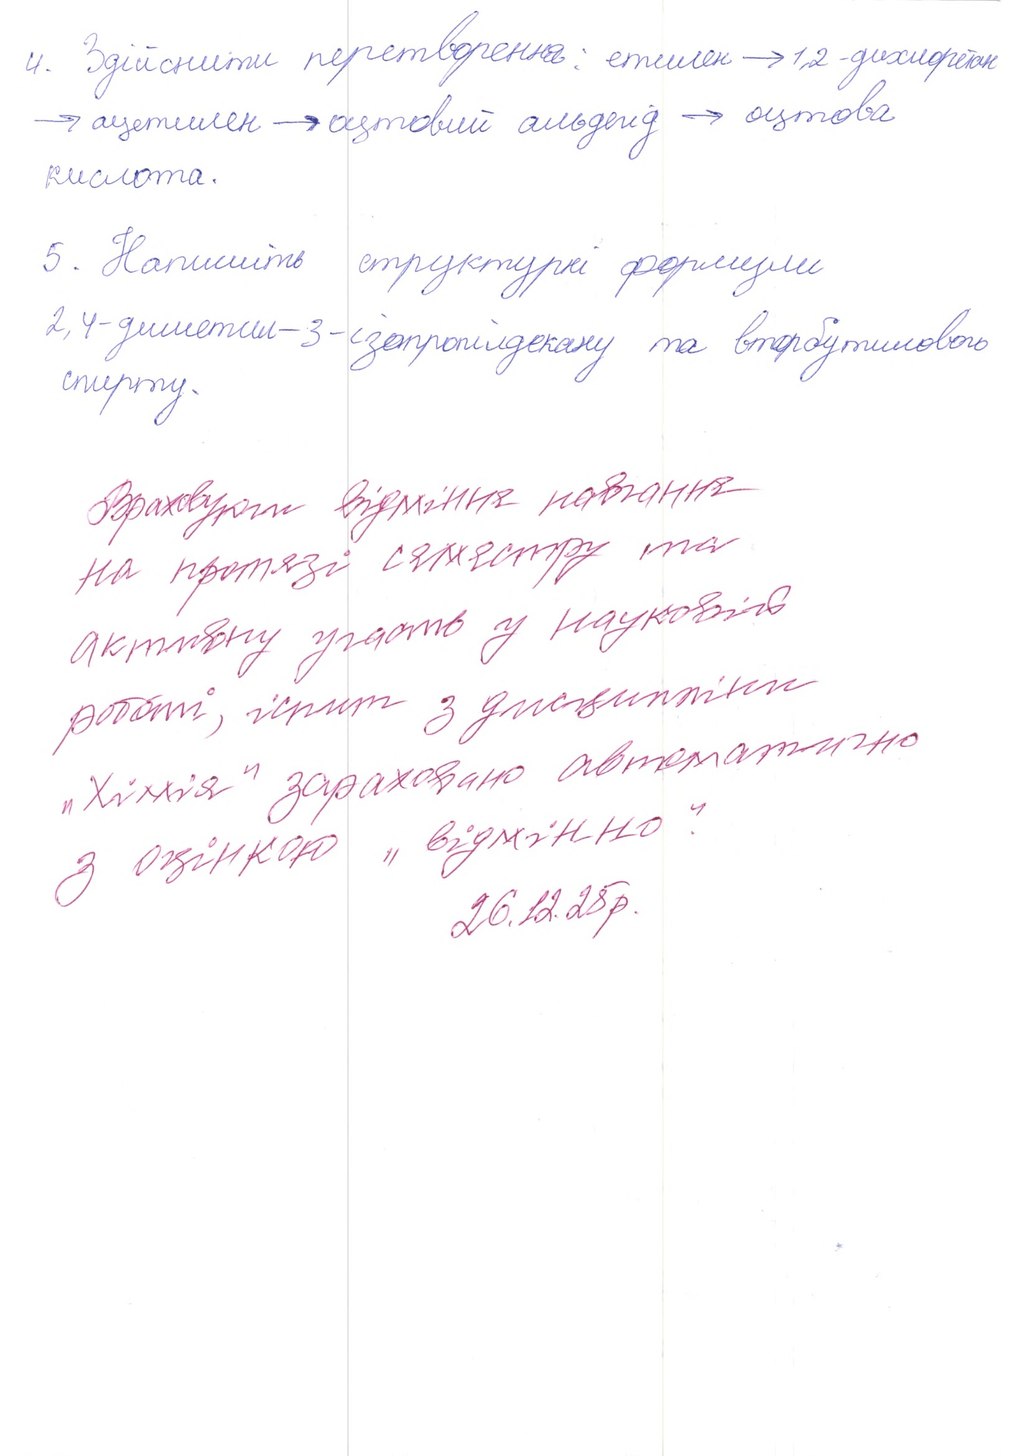
4. Здійснити перетворення: етилен → 1,2-дихлоретан
→ ацетилен → оцтовий альдегід → оцтова
кислота.
5. Напишіть структурні формули
2, 4-диметил-3-ізопропілдекану та вторбутилового
спирту.
Враховуючи відмінне навчання
на протязі семестру та
активну участь у науковій
роботі, іспит з дисципліни
"Хімія" зараховано автоматично
з оцінкою "відмінно"
26.12.28p.